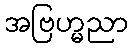
အဗြဟ္မညာ